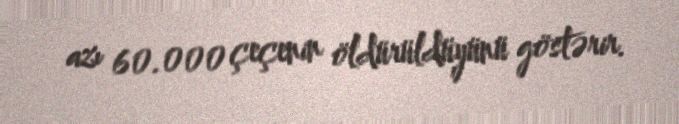
azı 60.000 çeçenin öldürüldüyünü göstərir.